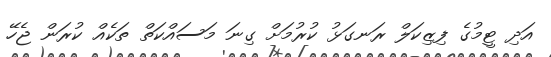
އަދި ޓީމުގެ ފިޒިކަލް ރަނގަޅު ކުރުމަށް ގިނަ މަސައްކަތް ތަކެއް ކުރަން ޖެހޭ